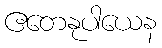
ဧတေနုပါယေန